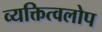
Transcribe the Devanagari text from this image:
व्यक्तित्वलोप